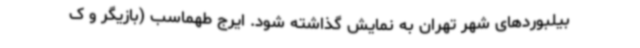
بیلبوردهای شهر تهران به نمایش گذاشته شود. ایرج طهماسب (بازیگر و ک